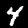
Label: 4